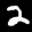
Label: 2